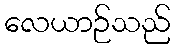
လေယာဉ်သည်